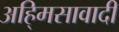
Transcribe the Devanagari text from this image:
अहि्मसावादी